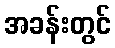
အခန်းတွင်